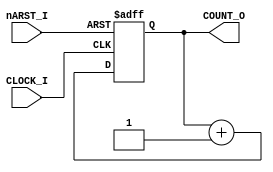
module COUNTER(CLOCK_I, nARST_I, COUNT_O);

parameter CBITS = 3;

input	CLOCK_I;
input	nARST_I;

output[CBITS-1:0]	COUNT_O;

reg[CBITS-1:0]	COUNT_O;

always @(posedge CLOCK_I or negedge nARST_I)
  if(nARST_I==1'b0)
    COUNT_O	<= {CBITS{1'b0}};
  else
    COUNT_O	<= COUNT_O + 1;

endmodule